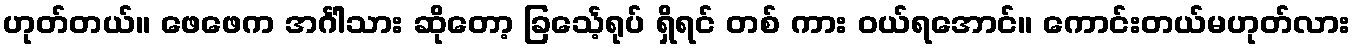
ဟုတ်တယ်။ ဖေဖေက အင်္ဂါသား ဆိုတော့ ခြင်္သေ့ရုပ် ရှိရင် တစ် ကား ဝယ်ရအောင်။ ကောင်းတယ်မဟုတ်လား